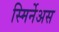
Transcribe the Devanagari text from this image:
स्मिर्नेअस